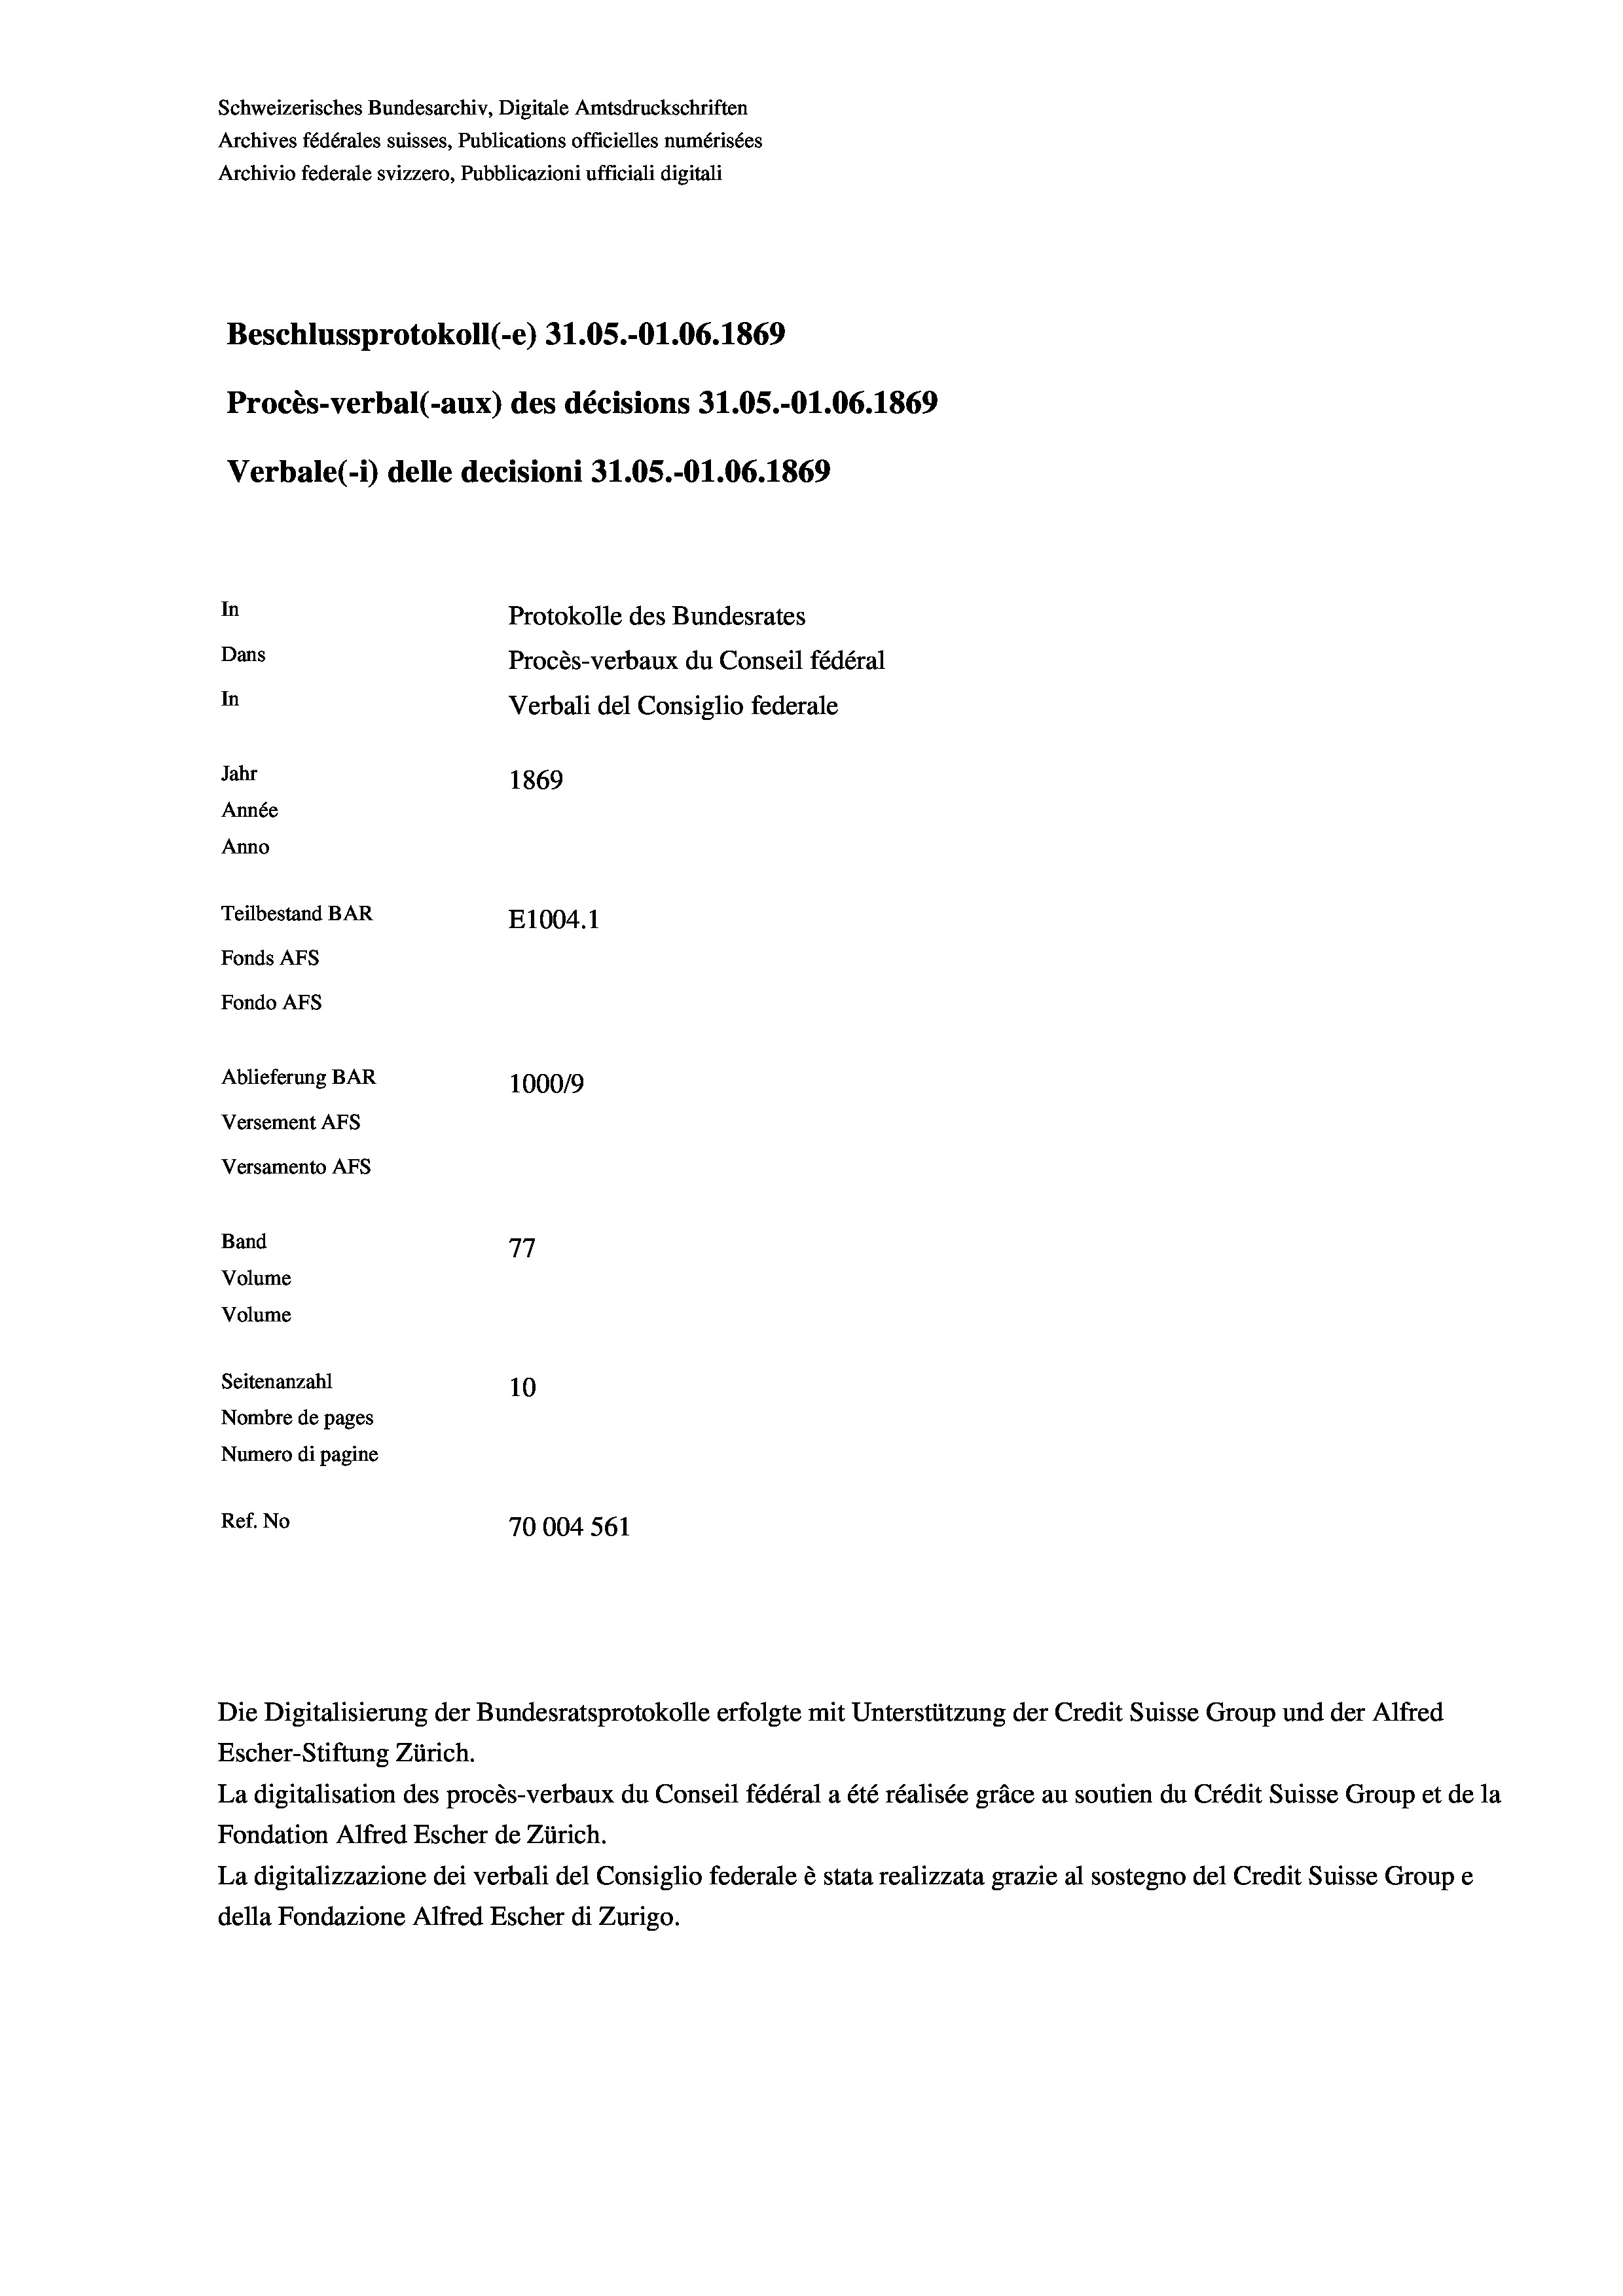
Schweizerisches Bundesarchiv, Digitale Amtsdruckschriften
Archives fédérales suisses, Publications officielles numérisées
Archivio federale svizzero, Pubblicazioni ufficiali digitali
Beschlussprotokoll (-e) 31.05.-O1.06. 1869
Procès-verbal (-aux) des décisions 31.05.-O1.06. 1869
Verbale (1) delle decisioni 31.05.-O1.06. 1869
In
Protokolle des Bundesrates
Dans
Procès-verbaux du Conseil fédéral
In
Verbali del Consiglio federale
Jahr
1869
Année
Anno
Teilbestand BAR
E1004.1
Fonds AFs
Fondo Afs
Ablieferung BAR
1000/9
Versement AFS
Versamento AFS
Band
77
Volume
Volume
Seitenanzahl
10
Nombre de pages
Numero di pagine
Ref. No
70004 561

Escher-Stiftung Zürich.
La digitalisation des procès-verbaux du Conseil fédéral a été réalisée gräce au soutien du Crédit Suisse Group et de la
Fondation Alfred Escher de Zürich.
La digitalizzazione dei verbali del Consiglio federale è stata realizzata grazie al sostegno del Credit Suisse Groupe
della Fondazione Alfred Escher di Zurigo.

Die Digitalisierung der Bundesratsprotokolle erfolgte mit Unterstützung der Credit Suisse Group und der Alfred